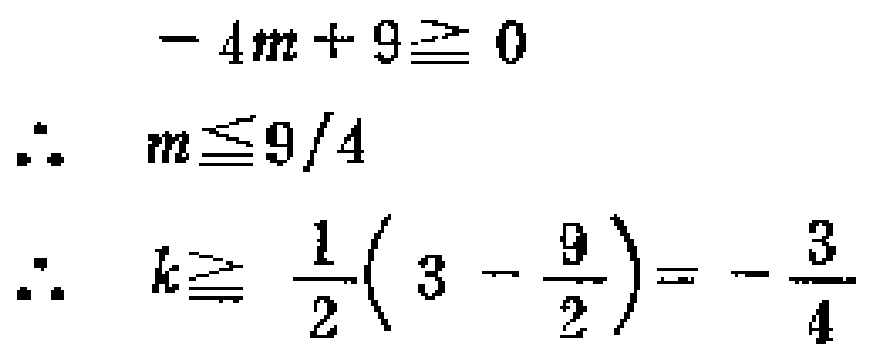
\[
\begin{align*}
-4m + 9&\geq0\\
\therefore m&\leq\frac{9}{4}\\
\therefore k&\geq\frac{1}{2}(3-\frac{9}{2}) = -\frac{3}{4}
\end{align*}
\]